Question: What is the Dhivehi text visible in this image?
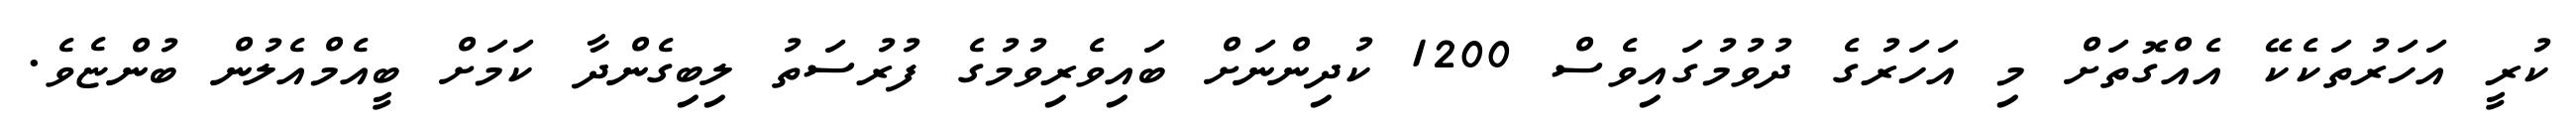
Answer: ކުރީ އަހަރުތަކެކޭ އެއްގޮތަށް މި އަހަރުގެ ދުވުމުގައިވެސް 1200 ކުދިންނަށް ބައިވެރިވުމުގެ ފުރުސަތު ލިބިގެންދާ ކަމަށް ބީއެމްއެލުން ބުންޏެވެ.